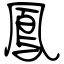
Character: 鳳